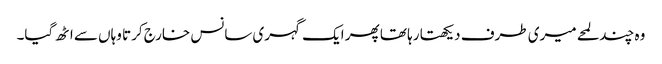
وہ چند لمحے میری طرف دیکھتا رہا تھا پھر ایک گہری سانس خارج کرتا وہاں سے اٹھ گیا۔